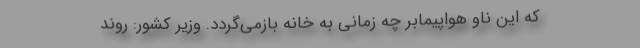
که این ناو هواپیمابر چه زمانی به خانه بازمی‌گردد. وزیر کشور:‌ روند